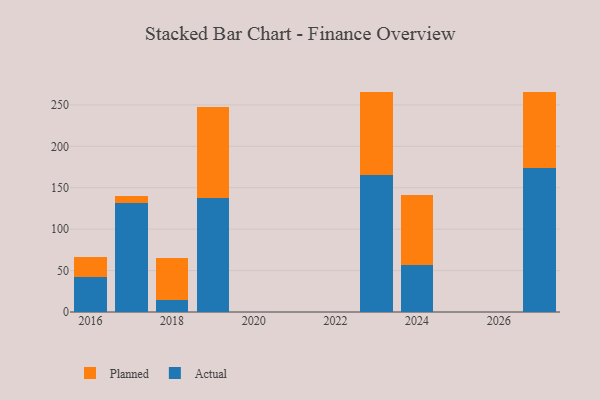
{"axis": {"x": "Year", "y": "Latency (ms)"}, "legend": ["Actual", "Planned"], "data": [{"x": "2023", "y": 165.0, "type": "Actual"}, {"x": "2023", "y": 100.8, "type": "Planned"}, {"x": "2016", "y": 42.5, "type": "Actual"}, {"x": "2016", "y": 23.9, "type": "Planned"}, {"x": "2027", "y": 174.2, "type": "Actual"}, {"x": "2027", "y": 91.9, "type": "Planned"}, {"x": "2017", "y": 132.0, "type": "Actual"}, {"x": "2017", "y": 7.8, "type": "Planned"}, {"x": "2019", "y": 137.5, "type": "Actual"}, {"x": "2019", "y": 110.5, "type": "Planned"}, {"x": "2018", "y": 14.4, "type": "Actual"}, {"x": "2018", "y": 50.5, "type": "Planned"}, {"x": "2024", "y": 56.7, "type": "Actual"}, {"x": "2024", "y": 84.0, "type": "Planned"}]}